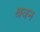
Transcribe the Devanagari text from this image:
श्रवन